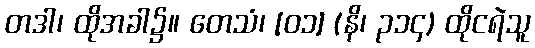
တဒါ၊ ထိုအခါ၌။ တေသံ၊ [၀၁] (နိ၊ ၃၁၄) ထိုငရဲသူ